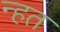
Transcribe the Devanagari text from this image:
न्हत